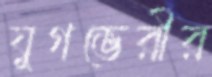
যুগভেরীর